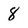
Character: 8